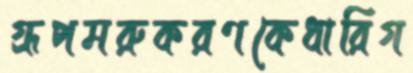
গ্রূপমরুকরণকেধারিগ